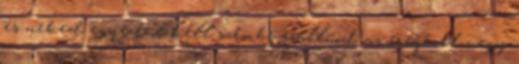
és neked egyedül kell szembe szállnod az erejével vagy